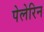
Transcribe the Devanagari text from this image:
पेलेरिन